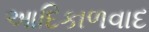
આદિકાળવાદ